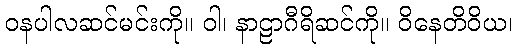
ဝနပါလဆင်မင်းကို။ ဝါ၊ နာဠာဂီရိဆင်ကို။ ဝိနေတိဝိယ၊